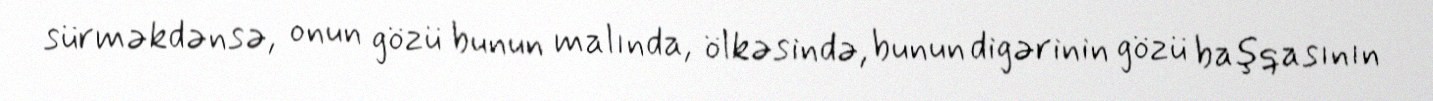
sürməkdənsə, onun gözü bunun malında, ölkəsində, bunun digərinin gözü başqasının